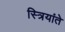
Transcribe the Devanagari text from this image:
स्त्रियांते